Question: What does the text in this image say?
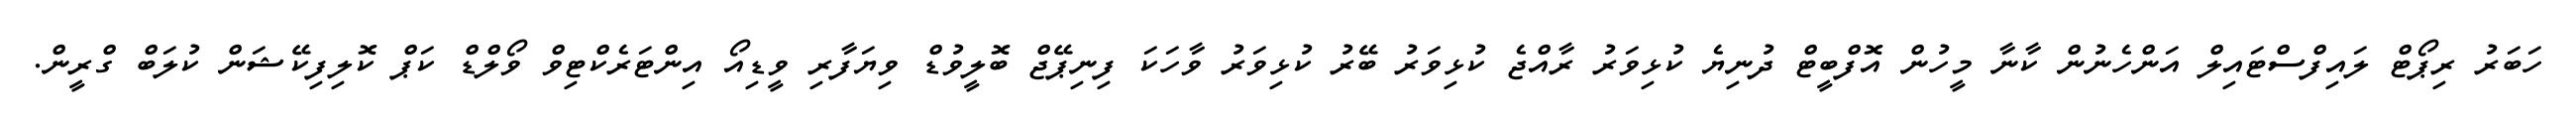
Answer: ހަބަރު ރިޕޯޓް ލައިފްސްޓައިލް އަންހެނުން ކާނާ މީހުން އޮފްބީޓް ދުނިޔެ ކުޅިވަރު ރާއްޖެ ކުޅިވަރު ބޭރު ކުޅިވަރު ވާހަކަ ފިނިޕޭޖް ބޮލީވުޑް ވިޔަފާރި ވީޑިއޯ އިންޓަރެކްޓިވް ވޯލްޑް ކަޕް ކޮލިފިކޭޝަން ކުލަބް ގްރީން.